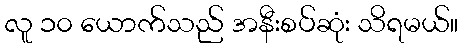
လူ ၁၀ ယောက်သည် အနီးစပ်ဆုံး သိရမယ်။